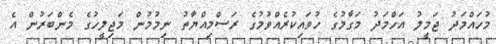
މުހައްމަދު ޖަމީލު އަހްމަދު މަގާމުގެ ހުވައިކުރެއްވުމުގެ ރަސްމިއްޔާތު ނިމުމުން މަޖިލީހުގެ މެންބަރުން އެ